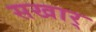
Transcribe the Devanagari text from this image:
सखार्